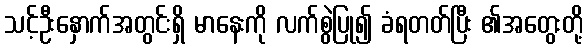
သင့်ဦးနှောက်အတွင်းရှိ မာနေးကို လက်စွဲပြု၍ ခံရတတ်ပြီး ၏အတွေးတို့